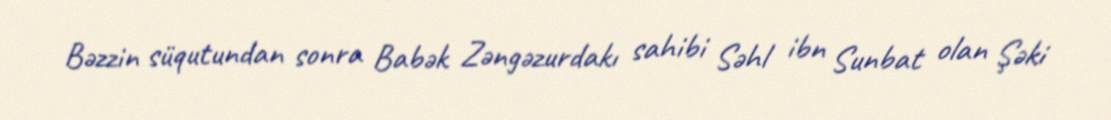
Bəzzin süqutundan sonra Babək Zəngəzurdakı sahibi Səhl ibn Sunbat olan Şəki